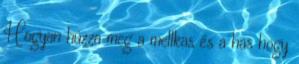
Hogyan húzza meg a mellkas és a has hogy